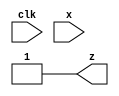
module top_module(
  input clk,
  input x,
  output z
);

wire q1, q2, q3;
reg d1, d2, d3;

initial begin
  q1 = 1'b0;
  q2 = 1'b0;
  q3 = 1'b0;
  d1 = 1'b0;
  d2 = 1'b0;
  d3 = 1'b0;
end

always @(posedge clk) begin
  q1 <= d1;
  q2 <= d2;
  q3 <= d3;
end

assign d1 = x ^ q1;
assign d2 = x & ~q2;
assign d3 = x | ~q3;

assign z = ~(q1 | q2 | q3);

endmodule